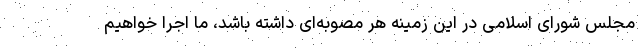
مجلس شورای اسلامی در این زمینه هر مصوبه‌ای داشته باشد، ما اجرا خواهیم